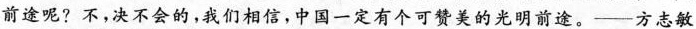
前途呢?不，决不会的，我们相信，中国一定有个可赞美的光明前途。——方志敏